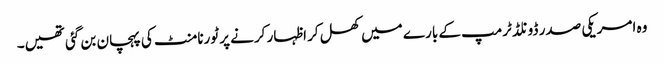
وہ امریکی صدر ڈونلڈ ٹرمپ کے بارے میں کھل کر اظہار کرنے پر ٹورنامنٹ کی پہچان بن گئی تھیں۔